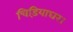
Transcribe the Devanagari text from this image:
चिड़ियाघर।